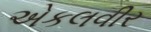
એકલવીર